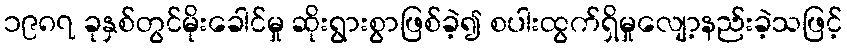
၁၉၈၇ ခုနှစ်တွင်မိုးခေါင်မှု ဆိုးရွားစွာဖြစ်ခဲ့၍ စပါးထွက်ရှိမှုလျော့နည်းခဲ့သဖြင့်